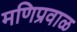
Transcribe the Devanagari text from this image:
मणिप्रवाळ